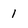
Character: 1